Annual report on the working of the lock hospitals in the North-Western Provinces and Oudh
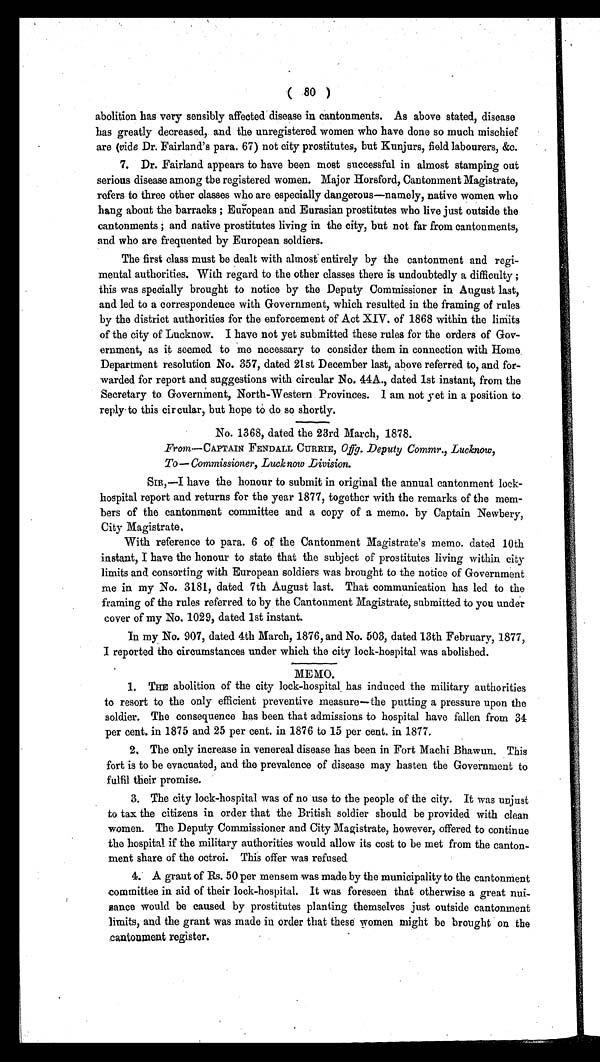
( 80 )
abolition has very sensibly affected disease in cantonments. As above stated, disease
has greatly decreased, and the unregistered women who have done so much mischief
are (vide Dr. Fairland's para. 67) not city prostitutes, but Kunjurs, field labourers, &amp;c.
7. Dr. Fairland appears to have been most successful in almost stamping out
serious disease among the registered women. Major Horsford, Cantonment Magistrate,
refers to three other classes who are especially dangerous—namely, native women who
hang about the barracks ; European and Eurasian prostitutes who live just outside the
cantonments ; and native prostitutes living in the city, but not far from cantonments,
and who are frequented by European soldiers.
The first class must be dealt with almost entirely by the cantonment and regi-
mental authorities. With regard to the other classes there is undoubtedly a difficulty ;
this was specially brought to notice by the Deputy Commissioner in August last,
and led to a correspondence with Government, which resulted in the framing of rules
by the district authorities for the enforcement of Act XIV. of 1868 within the limits
of the city of Lucknow. I have not yet submitted these rules for the orders of Gov-
ernment, as it seemed to me necessary to consider them in connection with Home.
Department resolution No. 357, dated 21st December last, above referred to, and for-
warded for report and suggestions with circular No. 44A., dated 1st instant, from the
Secretary to. Government, North-Western Provinces. I am not yet in a position to
reply to this circular, but hope to do so shortly.
No. 1368, dated the 23rd March, 1878.
From—CAPTAIN FENDALL CURRIE, Offg. Deputy Commr., Lucknow,
To—Commissioner, Lucknow Division.
SIR,—I have the honour to submit in original the annual cantonment lock-
hospital report and returns for the year 1877, together with the remarks of the mem-
bers of the cantonment committee and a copy of a memo. by Captain Newbery,
City Magistrate.
With reference to para. 6 of the Cantonment Magistrate's memo. dated 10th
instant, I have the honour to state that the subject of prostitutes living within city
limits and consorting with European soldiers was brought to the notice of Government
me in my No. 3181, dated 7th August last. That communication has led to the
framing of the rules referred to by the Cantonment Magistrate, submitted to you under
cover of my No. 1029, dated 1st instant.
In my No. 907, dated 4th March, 1876, and No. 503, dated 13th February, 1877,
I reported the circumstances under which the city lock-hospital was abolished.
MEMO.
1. THE abolition of the city lock-hospital has induced the military authorities
to resort to the only efficient preventive measure—the putting a pressure upon the
soldier. The consequence has been that admissions to hospital have fallen from 34
per cent. in 1875 and 25 per cent. in 1876 to 15 per cent. in 1877.
2. The only increase in venereal disease has been in Fort Machi Bhawun. This
fort is to be evacuated, and the prevalence of disease may hasten the Government to
fulfil their promise.
3. The city lock-hospital was of no use to the people of the city. It was unjust
to tax the citizens in order that the British soldier should be provided with clean
women. The Deputy Commissioner and City Magistrate, however, offered to continue
the hospital if the military authorities would allow its cost to be met from the canton-
ment share of the octroi. This offer was refused
4. A grant of Rs. 50 per mensem was made by the municipality to the cantonment
committee in aid of their lock-hospital. It was foreseen that otherwise a great nui-
sance would be caused by prostitutes planting themselves just outside cantonment
limits, and the grant was made in order that these women might be brought on the
cantonment register.